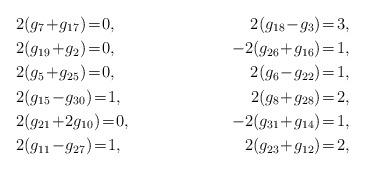
LaTeX: \begin{align*}&2(g_{7}\!+\!g_{17})\!=\!0, & 2(g_{18}\!-\!g_{3})\!=\!3,\\&2(g_{19}\!+\!g_{2})\!=\!0,&-2(g_{26}\!+\!g_{16})\!=\!1,\\&2(g_{5}\!+\!g_{25})\!=\!0, & 2(g_{6}\!-\!g_{22})\!=\!1,\\&2(g_{15}\!-\!g_{30})\!=\!1, &2(g_{8}\!+\!g_{28})\!=\!2,\\&2(g_{21}\!+\!2g_{10})\!=\!0, &-2(g_{31}\!+\!g_{14})\!=\!1,\\& 2(g_{11}\!-\!g_{27})\!=\!1, &2(g_{23}\!+\!g_{12})\!=\!2,\end{align*}